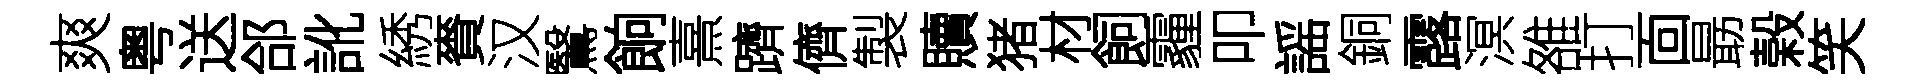
爽粤送郃訛綉賚汉鷖餉熹躋儕製贖猪材飼霾叩謡銅露溟雒打靣朂榖笑